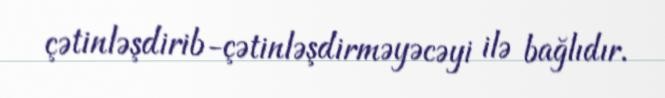
çətinləşdirib-çətinləşdirməyəcəyi ilə bağlıdır.